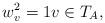
LaTeX: \begin{align*}{w}_{v}^2=1v\in {T}_A,\end{align*}